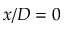
x / D = 0